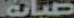
صيانة